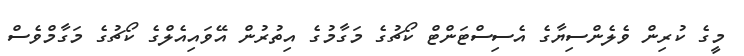
މީގެ ކުރިން ވެލެންސިޔާގެ އެސިސްޓަންޓް ކޯޗުގެ މަގާމުގެ އިތުރުން އޭވައިއެލްގެ ކޯޗުގެ މަގާމްވެސް